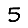
Digit: 5